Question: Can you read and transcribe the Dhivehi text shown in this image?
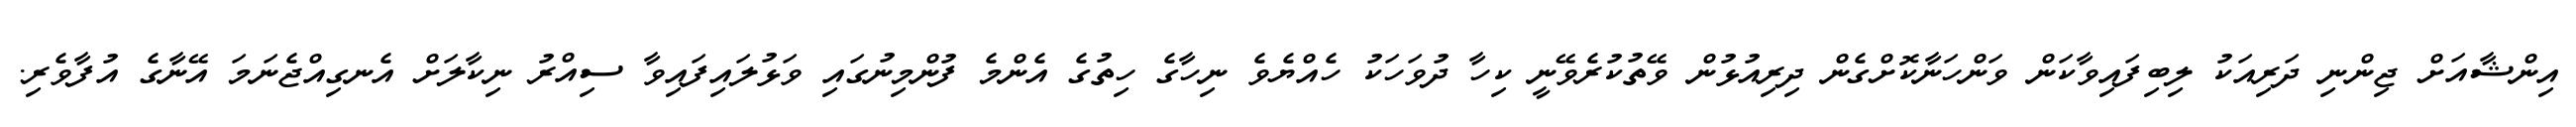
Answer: އިންޝާއަށް ޖިންނި ދަރިއަކު ލިބިފައިވާކަން ވަންހަނާކޮށްގެން ދިރިއުޅުން ވޭތުކުރެވޭނީ ކިހާ ދުވަހަކު ހެއްޔެވެ ނިހާގެ ހިތުގެ އެންމެ ފުންމިނުގައި ވަޅުލައިފައިވާ ސިއްރު ނިކާލަށް އެނގިއްޖެނަމަ އޭނާގެ އުފާވެރި.